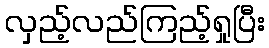
လှည့်လည်ကြည့်ရှုပြီး